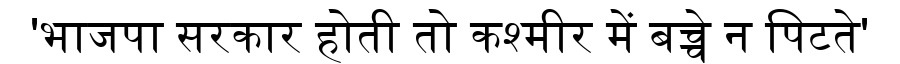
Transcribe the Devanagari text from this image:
'भाजपा सरकार होती तो कश्मीर में बच्चे न पिटते'